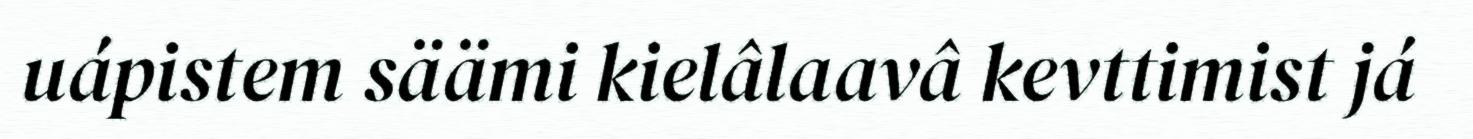
uápistem säämi kielâlaavâ kevttimist já